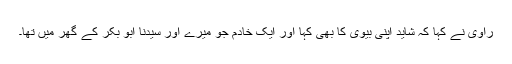
راوی نے کہا کہ شاید اپنی بیوی کا بھی کہا اور ایک خادم جو میرے اور سیدنا ابو بکرؓ کے گھر میں تھا۔